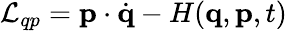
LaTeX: {\mathcal{L}}_{qp}=\mathbf{p}\cdot{\dot{\mathbf{q}}}-H(\mathbf{q},\mathbf{p},t)